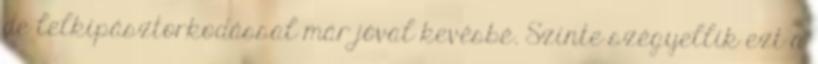
de lelkipásztorkodással már jóval kevésbé. Szinte szégyellik ezt a